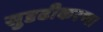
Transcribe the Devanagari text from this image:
सुदृढीकरण।